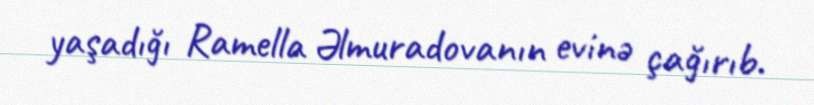
yaşadığı Ramella Əlmuradovanın evinə çağırıb.